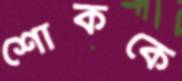
শোককে